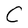
Character: C